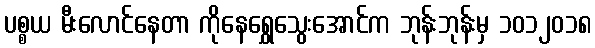
ပစ္စယ မီးလောင်နေတာ ကိုနေရွှေသွေးအောင်က ဘုန်းဘုန်းမှ ၁၀၁၂၀၁၈